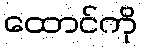
ထောင်ကို